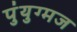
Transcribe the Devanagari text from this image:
पुंयुग्मज